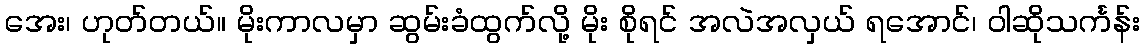
အေး၊ ဟုတ်တယ်။ မိုးကာလမှာ ဆွမ်းခံထွက်လို့ မိုး စိုရင် အလဲအလှယ် ရအောင်၊ ဝါဆိုသင်္ကန်း